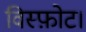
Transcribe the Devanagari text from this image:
विस्फ़ोट।